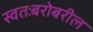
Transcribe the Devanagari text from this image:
स्वतःबरोबरील